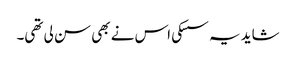
شاید یہ سسکی اس نے بھی سن لی تھی۔